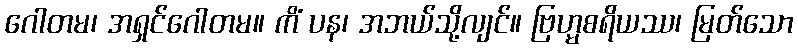
ဂေါတမ၊ အရှင်ဂေါတမ။ ကိံ ပန၊ အဘယ်သို့လျင်။ ဗြဟ္မစရိယဿ၊ မြတ်သော